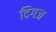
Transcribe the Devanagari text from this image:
दिगज